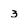
Character: 3